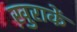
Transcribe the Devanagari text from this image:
ख़ुराकें